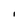
Character: l